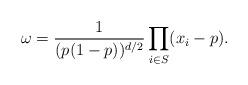
LaTeX: \begin{align*} \omega = \frac{1}{(p(1-p))^{d/2}} \prod_{i \in S} (x_i - p).\end{align*}